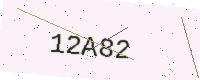
Text: 12A82